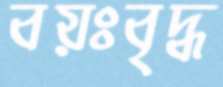
বয়ঃবৃদ্ধ